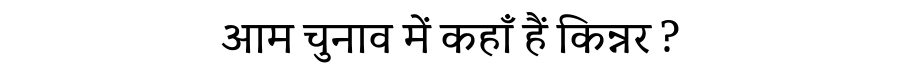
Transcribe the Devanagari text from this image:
आम चुनाव में कहाँ हैं किन्नर ?